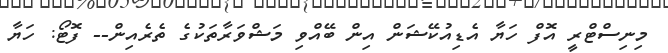
މިނިސްޓްރީ އޮފް ހަޔާ އެޑިއުކޭޝަން އިން ބޭއްވި މަޝްވަރާތަކުގެ ތެރެއިން-- ފޮޓޯ: ހަޔާ